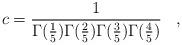
LaTeX: \begin{align*}c=\frac{1}{\Gamma(\frac{1}{5}) \Gamma(\frac{2}{5}) \Gamma(\frac{3}{5}) \Gamma(\frac{4}{5})} \, \, \, \, \, ,\end{align*}